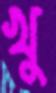
খু